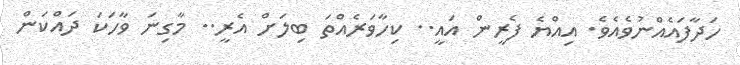
ހަދާފައެއްނުވެއެވެ. އިއްޔެ ފެރީން އައީ.. ކިހާވަރެއްތަ ބިލަށް އެރީ.. މާގިނަ ވާހަކަ ދައްކަން